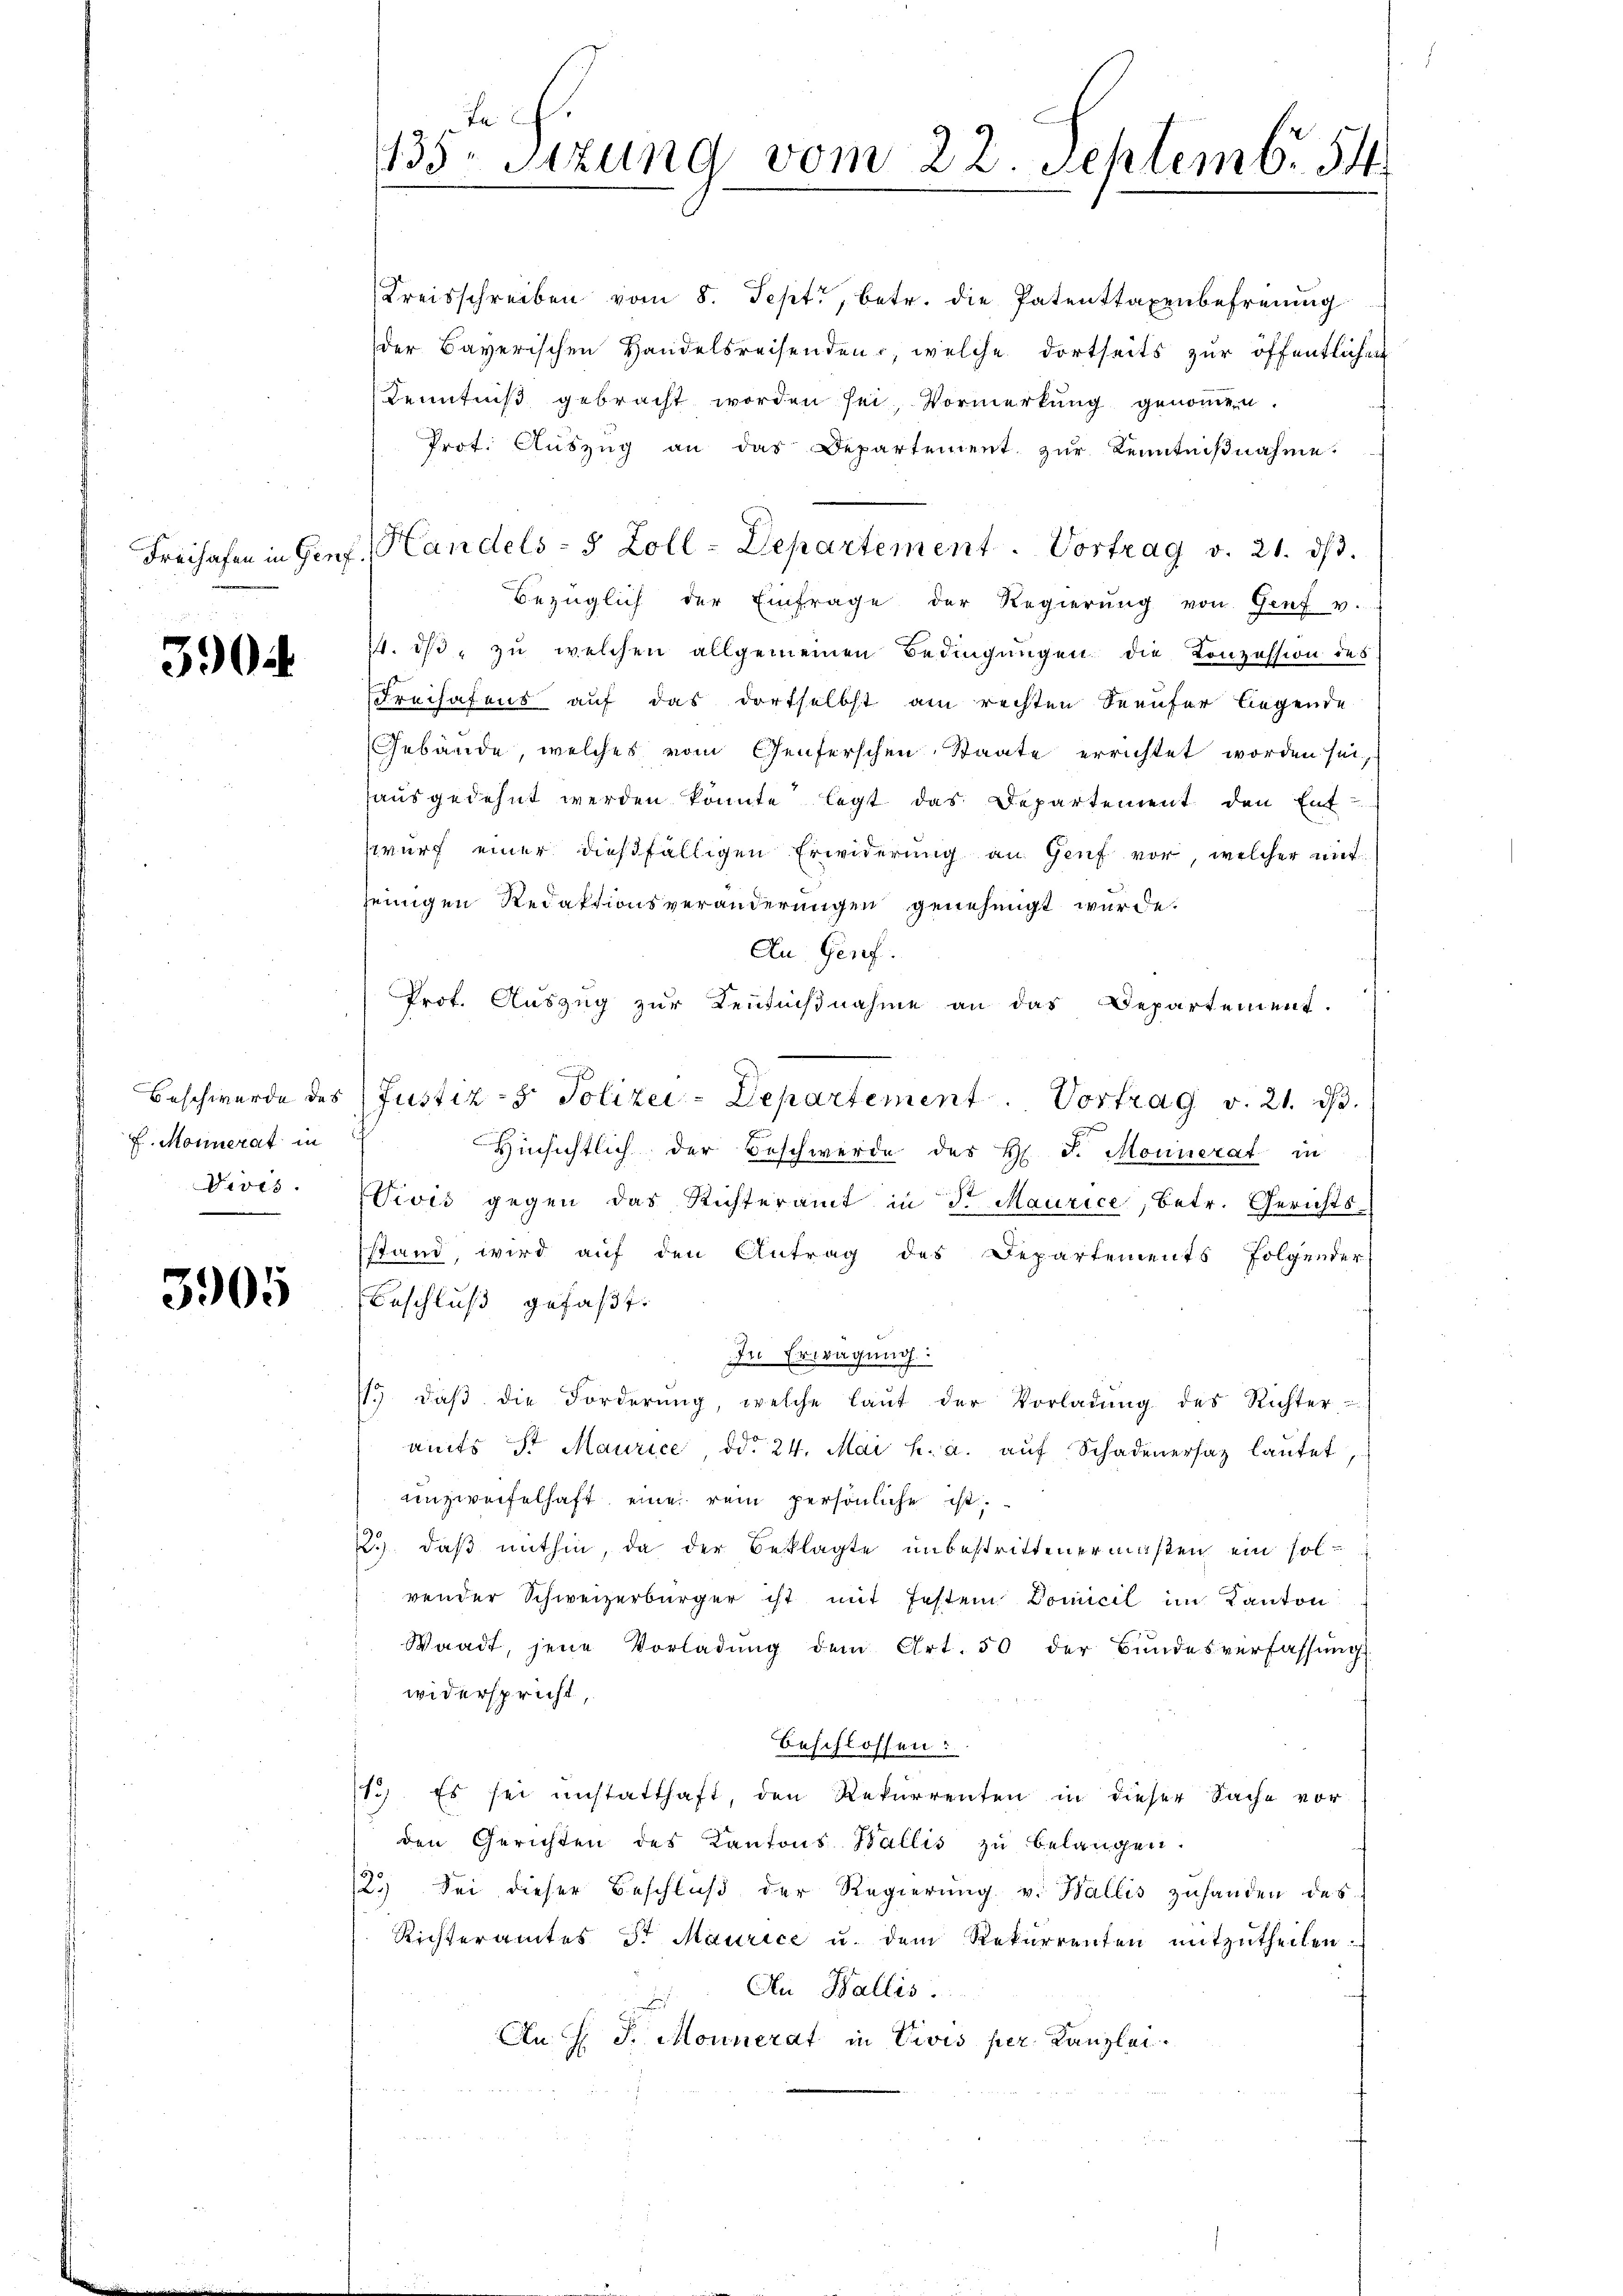
390

Monnerat in
Divis.

3905

Kreisschreiben vom 8. Sept., betr. die Patenttaxenbefreung
der Bayerischen Handelsreisenden, welche dortseits zur öffentlichen
Kenntniß gebracht worden sei Vormerkung genommen.
Prot. Auszug an das Departement zur Kenntnißnahme.
bezüglich der Einfrage der Regierung von Genf v.
14. ist, zu welchen allgemeinen Bedingungen die Konzession des
Freihafens auf das dortselbst am rechten Seeufer liegende
Gebäude, welches vom Genferschen Staate errichtet worden sei,
ausgedehnt werden könnte legt das Departement den Ent-
wurf einer dießfälligen Erwiderŭng an Genf vor, welcher mit
seinigen Redaktionsveränderungen genehmigt wurde.
An Genf.
Prot. Auszug zur Kentnißnahme an das Departement.
Beschwerde des Justiz- & Polizei-Departement                Vortrag v. 21. 13.
Hinsichtlich der Beschwerde des H. J. Mounerat in
Vivis gegen das Richteramt in Sr Maurice, betr. Gerichts-
stand, wird auf den Antrag des Departements folgender
Beschluß gefaßt.
In Erwägung:
 daβ die Forderŭng, welche laŭt der Vorladŭng des Richter-
amts Sr Maurice ddo 24. Mai l. a. aŭf Schadenersaz lautet,
unzweifelhaft eine rein persönliche ist.
2.) daß mithin, da der Beklagte unbestrittenermaßen ein solvender Schweizerbürger ist mit festem Domicil im Kanton
Waadt, jene Vorladung dem Art. 50 der Bundesverfassŭng
widerspricht
beschlossen:
13). Es sei unstatthaft, den Rekurrenten in dieser Sache vor
den Gerichten des Kantons Wallis zŭ belangen.
12.) Sei dieser Beschluß der Regierŭng v. Wallis zuhanden des
Richteramtes Sr Maurice u. dem Rekurrenten mitzutheilen.
An Wallis.
d
An J. J. Monnerat in Vivis per Kanzlei.

Ja
133. Sitzung vom 22. Septemb. 54

Freihafen in Genf. Handels- 5 Zoll-Departement. Vortrag v. 21. ds.